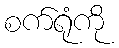
စက်ရုံကို